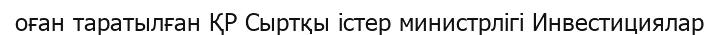
оған таратылған ҚР Сыртқы істер министрлігі Инвестициялар